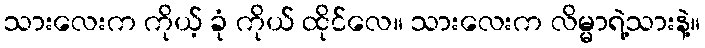
သားလေးက ကိုယ့် ခုံ ကိုယ် ထိုင်လေ။ သားလေးက လိမ္မာရဲ့သားနဲ့။